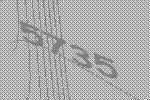
5735